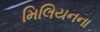
મિલિયનના